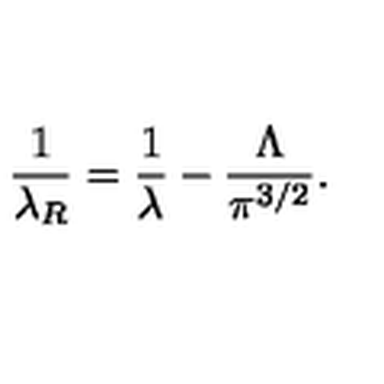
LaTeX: \frac { 1 } { \lambda _ { R } } = \frac { 1 } { \lambda } - \frac { \Lambda } { \pi ^ { 3 / 2 } } .